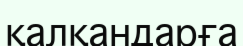
қалқандарға